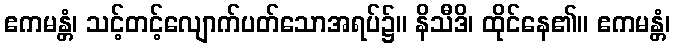
ဧကမန္တံ၊ သင့်တင့်လျောက်ပတ်သောအရပ်၌။ နိသီဒိ၊ ထိုင်နေ၏။ ဧကမန္တံ၊